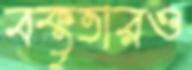
বক্তৃতারও